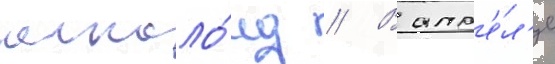
алкало́ид // В апр'е́л'е